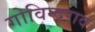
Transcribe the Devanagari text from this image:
गोविन्दराव